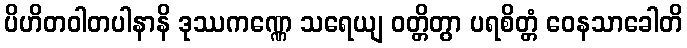
ပိဟိတဝါတပါနာနိ ဒုဿကဏ္ဏေ သရေယျ ဝတ္တိတွာ ပရစိတ္တံ ဝေနသာခေါတိ